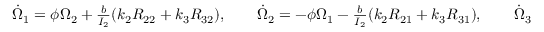
\begin{array} { r } { \dot { \Omega } _ { 1 } = \phi \Omega _ { 2 } + \frac { b } { I _ { 2 } } ( k _ { 2 } R _ { 2 2 } + k _ { 3 } R _ { 3 2 } ) , \qquad \dot { \Omega } _ { 2 } = - \phi \Omega _ { 1 } - \frac { b } { I _ { 2 } } ( k _ { 2 } R _ { 2 1 } + k _ { 3 } R _ { 3 1 } ) , \qquad \dot { \Omega } _ { 3 } = 0 , } \end{array}